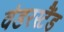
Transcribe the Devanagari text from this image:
वंडरस्टैंड